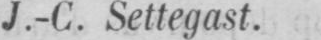
J.-C. Settegast.